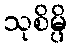
သုစိမ္ပိ